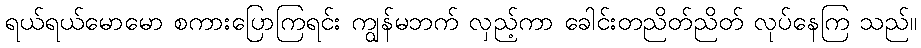
ရယ်ရယ်မောမော စကားပြောကြရင်း ကျွန်မဘက် လှည့်ကာ ခေါင်းတညိတ်ညိတ် လုပ်နေကြ သည်။